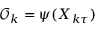
{ \mathcal { O } _ { k } = \psi ( X _ { k \tau } ) }